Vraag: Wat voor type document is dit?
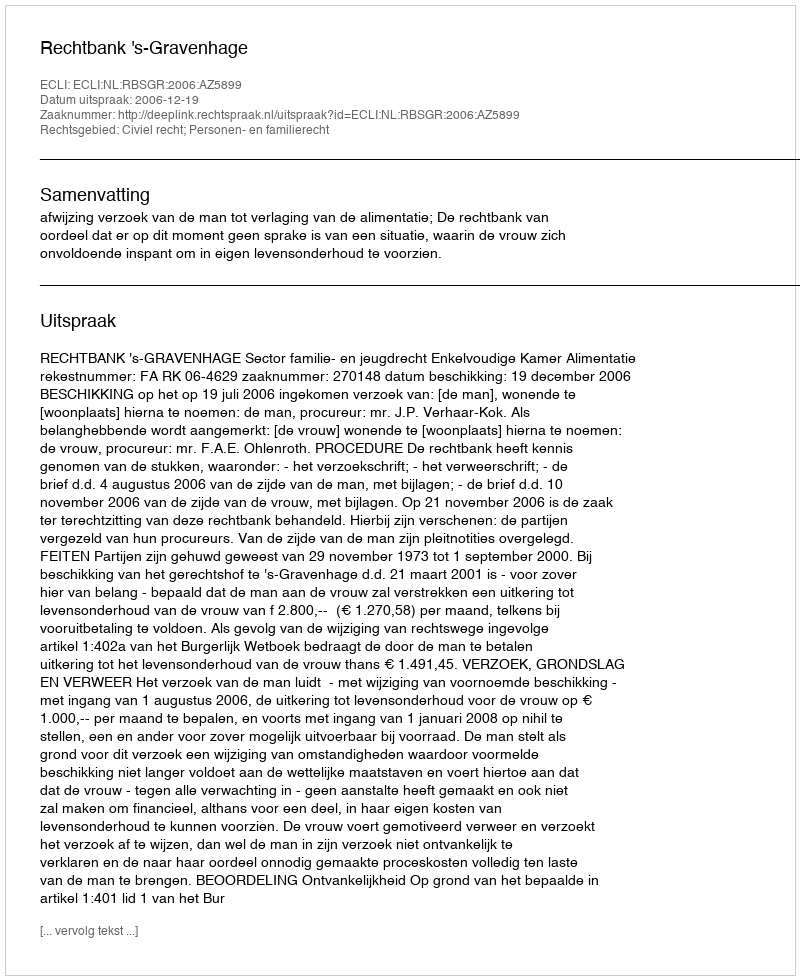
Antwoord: Uitspraak